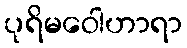
ပုရိမဝေါဟာရာ